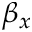
\beta _ { x }